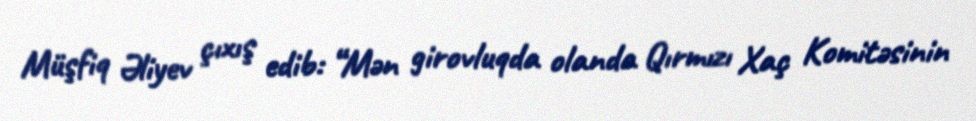
Müşfiq Əliyev çıxış edib: “Mən girovluqda olanda Qırmızı Xaç Komitəsinin